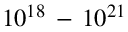
1 0 ^ { 1 8 } \, - \, 1 0 ^ { 2 1 }